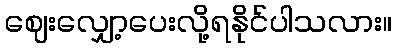
ဈေးလျှော့ပေးလို့ရနိုင်ပါသလား။